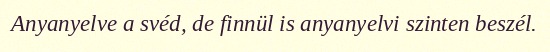
Anyanyelve a svéd, de finnül is anyanyelvi szinten beszél.